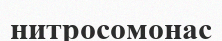
нитросомонас